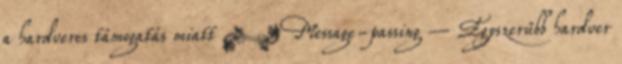
a hardveres támogatás miatt ● Message-passing – Egyszerűbb hardver